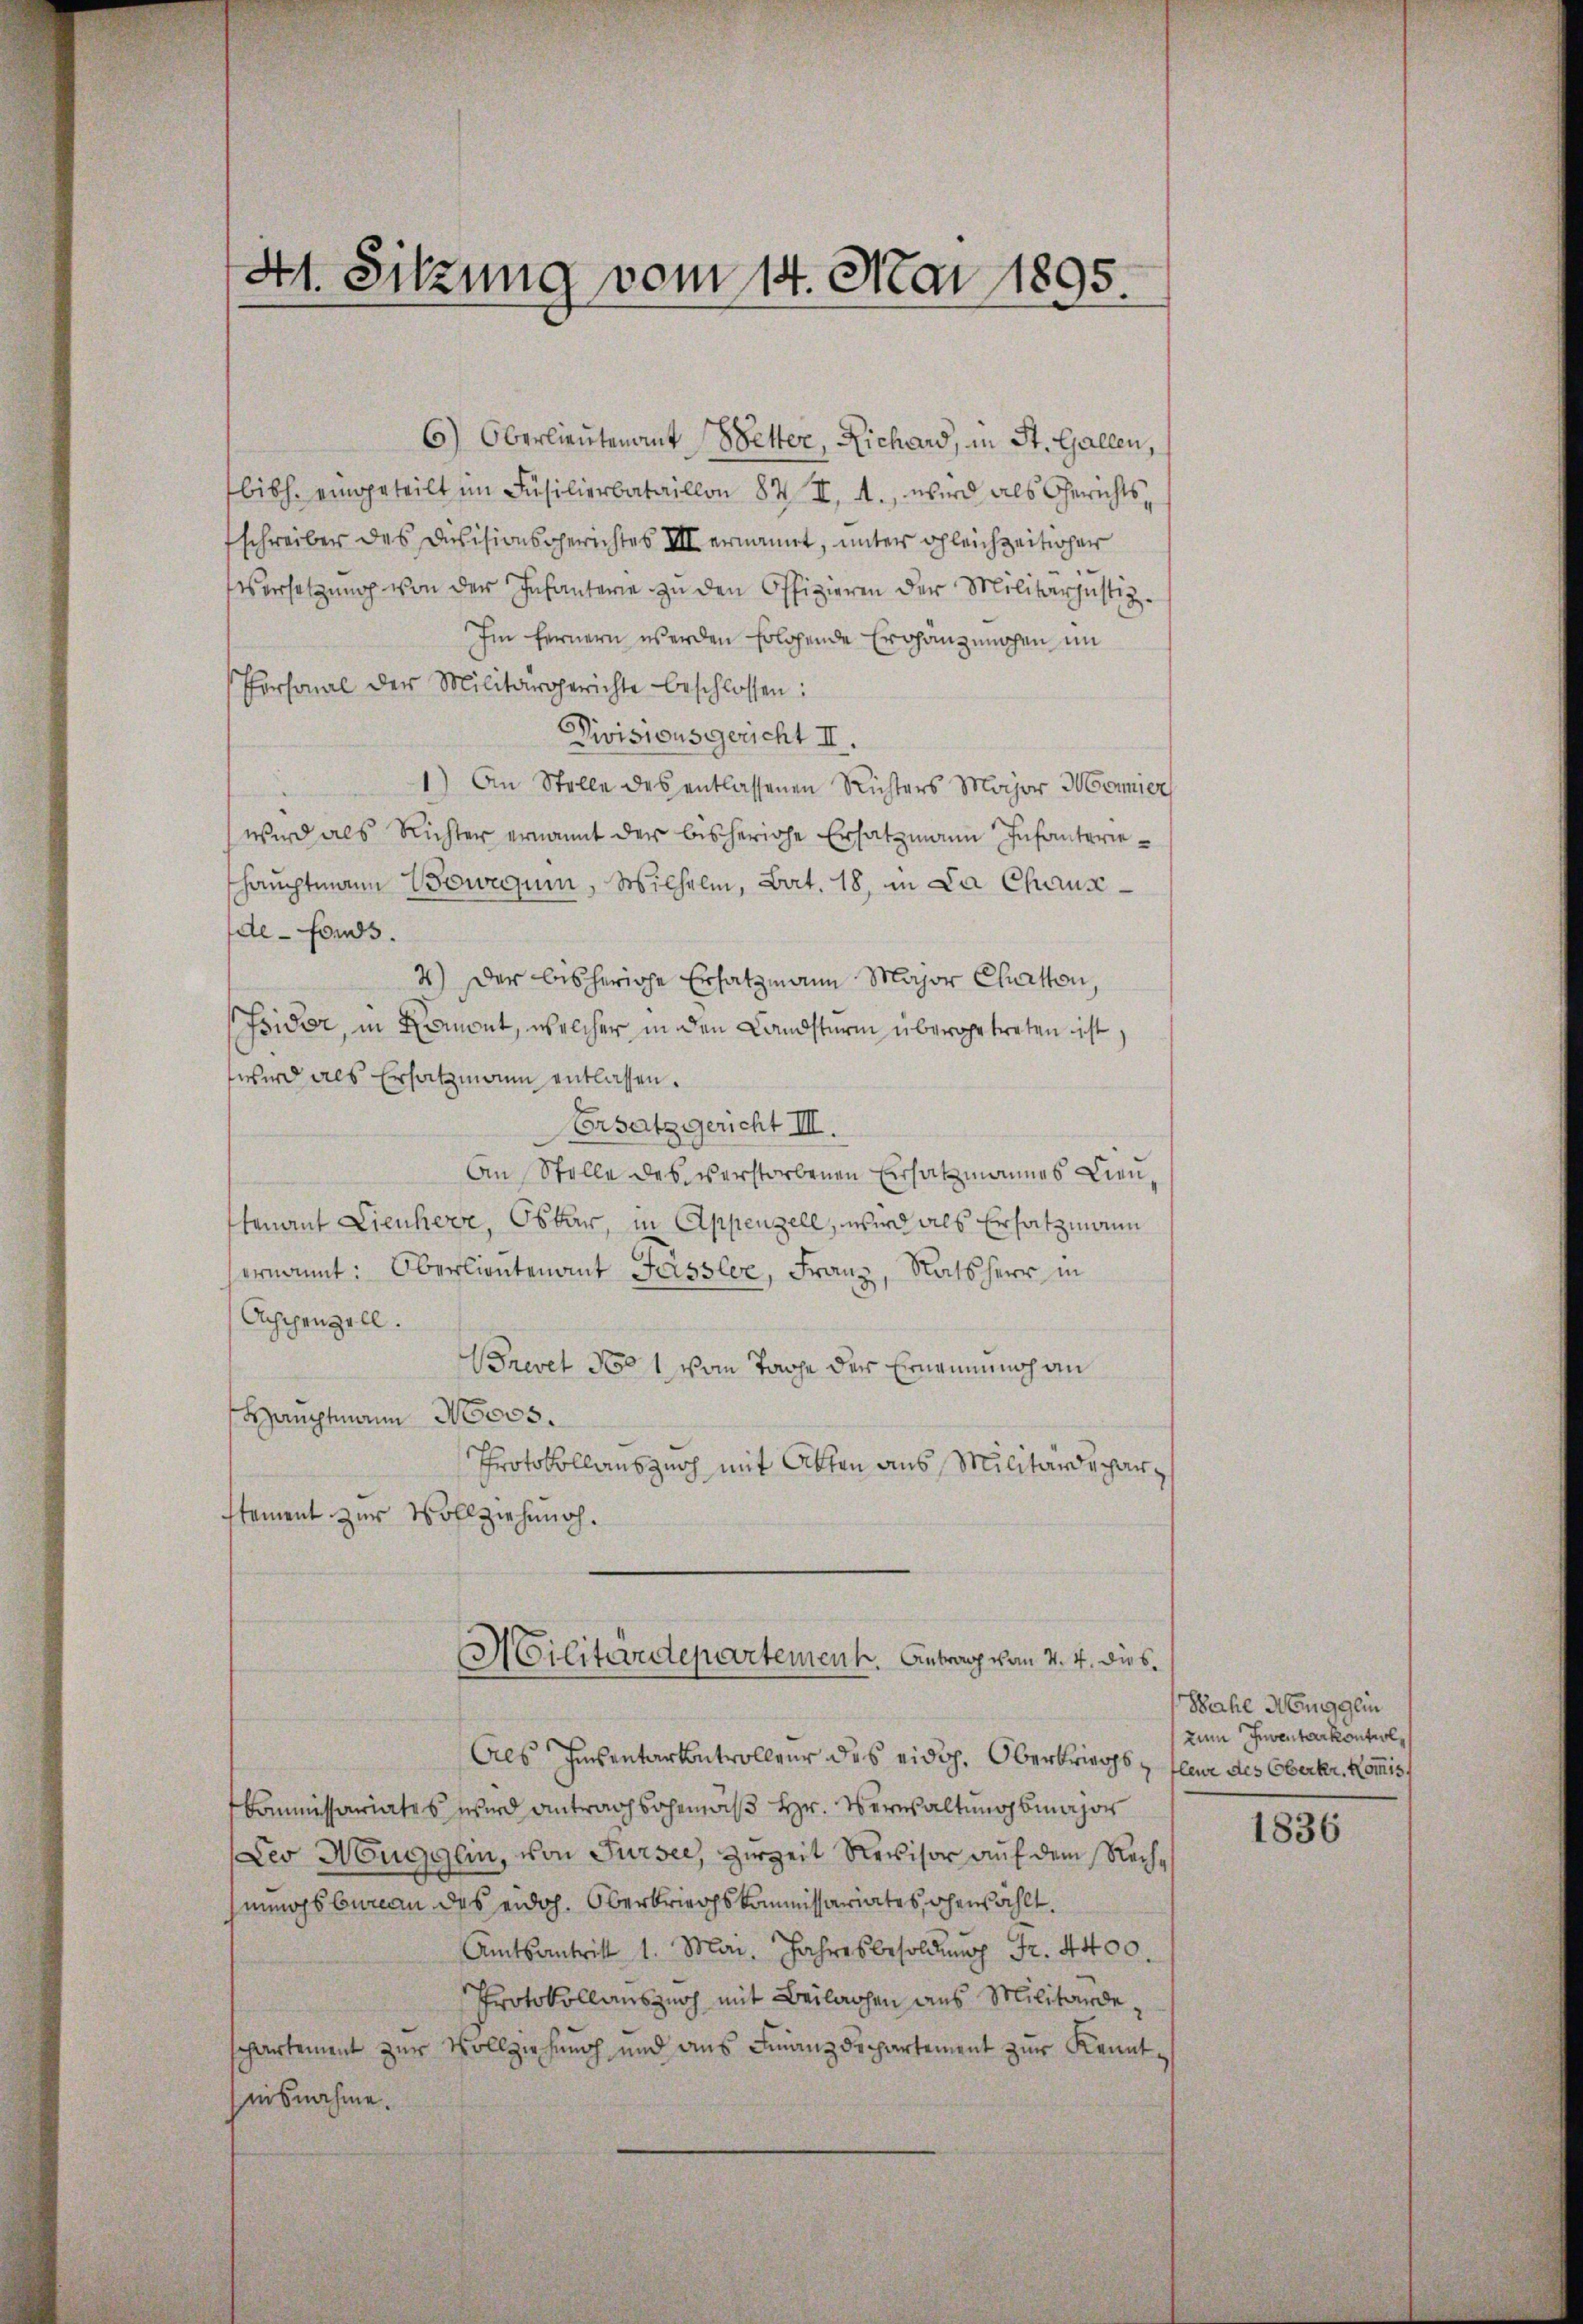
41. Sitzung vom 14. Mai 1895.

6) Oberlieutenant Wetter, Richard, in St. Gallen,
bibh. eingeteilt im Füsilierbataillon 82 II. A., wird als Gerichtsschreiber des Devisionsgerichtes III ernannt, unter gleichzeitiger
Versetzŭng von der Infanterie zŭ den Offizieren der Militärjustiz-
Im fernern werden Eolgende Erdhanzenochen im
Personal der Militärgerichte beschlossen:
Divisionsgericht II.
1) An Stelle des entlassenen Richters Major Monner
wird als Richter ernannt der bisherige Ersatzmann Infanteriehauptmann Bewegum Wilhelm, Bat. 18, in La Chausde-Fonds.
2.) Der bisherige Ersatzmann Major Chratton,
Isidor, in Samont, welcher in den Landsturm übergetreten ist
wird als Ersatzmann entlassen.
Ersatz gericht III.
An Stelle des verstorbenen Ersatzmannes Lientenant Lienherr, Oskar, in Appenzell, wird als Ersatzmann
ernannt: Oberlieutenant Fassler, Franz, Ratsherr in
Achchenzell.
Brevet No 1 vom Tage der Ernennung an
Hauptmann Moos.
Protokollanszuch mit Akten aus Militärdeparstement zur Vollziehung.
Militärdepartement. Antrag von 4. 4. dies
Als Einsentarkontrolleur des eidg. Oberkriegs fleur des Oberker, Kommiss
Commissariates wird antragsgemäß Hr. Verwaltung bmajor
Leo Mugglin, von Sursee, Herzeit Revisor auf dem Rechmungsbureau des eidg. Oberkriegskommissariates, ohenzählt.
Amtsantritt 1. Mai. Jahresbesoldŭng Fr. 4400.
Protokollauszuoh mit Beilagen aus Militärdesppartement zur Vollziehung und aus Finanzdepartement zur Kenntaisnahme.

Sache Hengglin
zum Inventarkontrol

1836